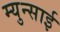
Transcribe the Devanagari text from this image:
म्युन्साई